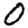
Digit: 0